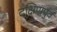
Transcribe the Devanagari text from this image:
दक्षिणपुर्व